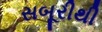
સબૂરીથી